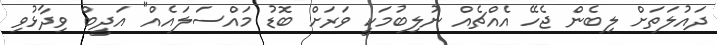
ދައުލަތަށް ލިބެން ޖެހޭ އެއްޗެއް ނުލިބުމަކީ ވަރަށް ބޮޑު މައްސަލައެއް" އަދީބް ވިދާޅުވި